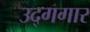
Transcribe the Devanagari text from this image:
उद्गगार